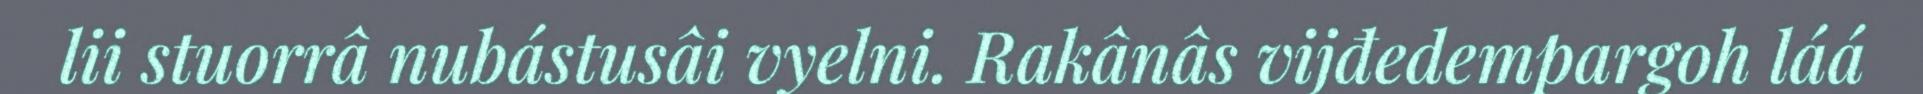
lii stuorrâ nubástusâi vyelni. Rakânâs vijđedempargoh láá